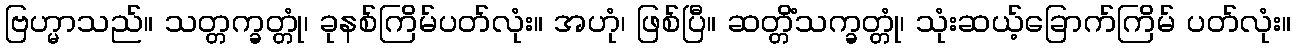
ဗြဟ္မာသည်။ သတ္တက္ခတ္တုံ၊ ခုနစ်ကြိမ်ပတ်လုံး။ အဟုံ၊ ဖြစ်ပြီ။ ဆတ္တိံသက္ခတ္တုံ၊ သုံးဆယ့်ခြောက်ကြိမ် ပတ်လုံး။